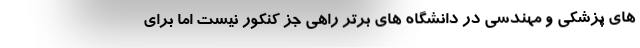
های پزشکی و مهندسی در دانشگاه های برتر راهی جز کنکور نیست اما برای